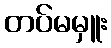
တပ်မမှူး